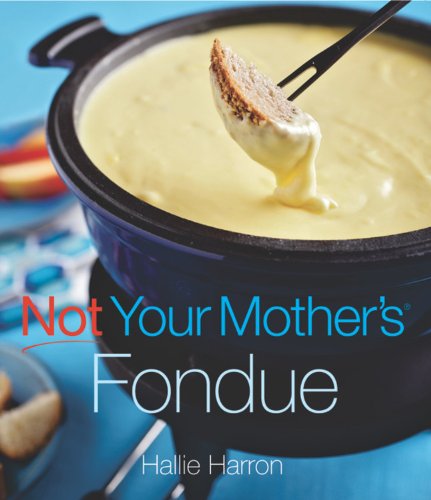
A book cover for Not Your Mother's Fondue (NYM Series); Hallie Harron; Cookbooks, Food & Wine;